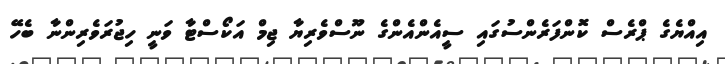
އިއްޔެގެ ޕްރެސް ކޮންފަރެންސުގައި ސީއެންއެންގެ ނޫސްވެރިޔާ ޖިމް އަކޯސްޓާ ވަނީ ހިޖުރަވެރިންނާ ބެހޭ